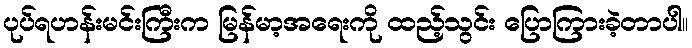
ပုပ်ရဟန်းမင်းကြီးက မြန်မာ့အရေးကို ထည့်သွင်း ပြောကြားခဲ့တာပါ။